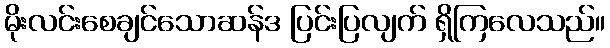
မိုးလင်းစေချင်သောဆန်ဒ ပြင်းပြလျက် ရှိကြလေသည်။